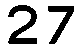
27